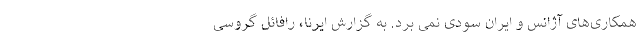
همکاری‌های آژانس و ایران سودی نمی برد. به گزارش ایرنا، رافائل گروسی